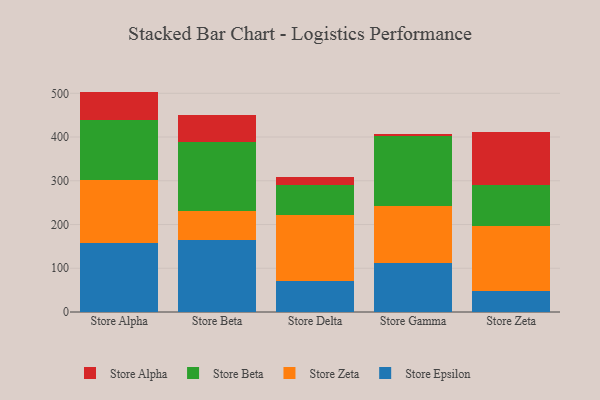
{"axis": {"x": "Store", "y": "Satisfaction Score"}, "legend": ["Store Alpha", "Store Beta", "Store Epsilon", "Store Zeta"], "data": [{"x": "Store Alpha", "y": 157.3, "type": "Store Epsilon"}, {"x": "Store Alpha", "y": 145.0, "type": "Store Zeta"}, {"x": "Store Alpha", "y": 136.4, "type": "Store Beta"}, {"x": "Store Alpha", "y": 65.2, "type": "Store Alpha"}, {"x": "Store Beta", "y": 164.6, "type": "Store Epsilon"}, {"x": "Store Beta", "y": 66.0, "type": "Store Zeta"}, {"x": "Store Beta", "y": 157.0, "type": "Store Beta"}, {"x": "Store Beta", "y": 62.6, "type": "Store Alpha"}, {"x": "Store Delta", "y": 69.9, "type": "Store Epsilon"}, {"x": "Store Delta", "y": 151.7, "type": "Store Zeta"}, {"x": "Store Delta", "y": 69.5, "type": "Store Beta"}, {"x": "Store Delta", "y": 18.5, "type": "Store Alpha"}, {"x": "Store Gamma", "y": 112.8, "type": "Store Epsilon"}, {"x": "Store Gamma", "y": 128.7, "type": "Store Zeta"}, {"x": "Store Gamma", "y": 160.6, "type": "Store Beta"}, {"x": "Store Gamma", "y": 5.8, "type": "Store Alpha"}, {"x": "Store Zeta", "y": 48.8, "type": "Store Epsilon"}, {"x": "Store Zeta", "y": 148.6, "type": "Store Zeta"}, {"x": "Store Zeta", "y": 93.7, "type": "Store Beta"}, {"x": "Store Zeta", "y": 119.8, "type": "Store Alpha"}]}